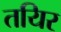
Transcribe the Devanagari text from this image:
तयिर